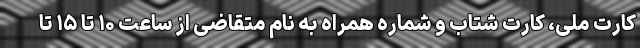
کارت ملی، کارت شتاب و شماره همراه به نام متقاضی از ساعت ۱۰ تا ۱۵ تا